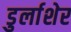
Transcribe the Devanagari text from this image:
डुर्लाशेर